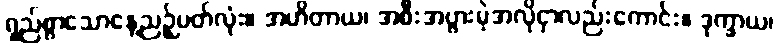
ရှည်စွာသောနေ့ညဉ့်ပတ်လုံး။ အဟိတာယ၊ အစီးအပွားမဲ့အလိုငှာလည်းကောင်း။ ဒုက္ခာယ၊